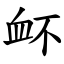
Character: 衃